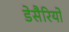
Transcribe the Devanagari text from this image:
डेसैरियो